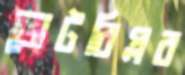
ভোটবিপ্লব